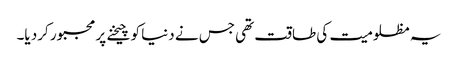
یہ مظلومیت کی طاقت تھی جس نے دنیا کو چیخنے پر مجبور کرد یا۔